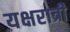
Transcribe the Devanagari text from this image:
यक्षरात्री